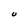
Character: U